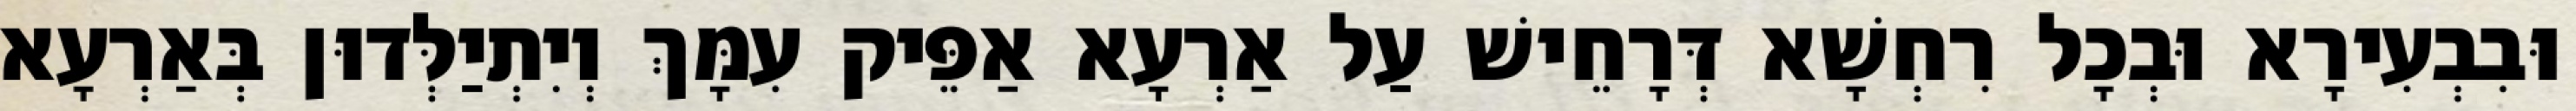
וּבִבְעִירָא וּבְכָל רִחְשָׁא דְּרָחֵישׁ עַל אַרְעָא אַפֵּיק עִמָּךְ וְיִתְיַלְּדוּן בְּאַרְעָא